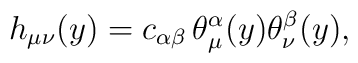
h_{\mu \nu}(y) = c_{\alpha \beta} \, \theta^\alpha_\mu(y)\theta^\beta_\nu(y),